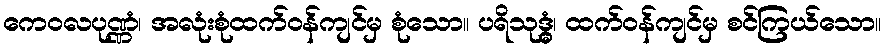
ကေဝလပုဏ္ဏံ၊ အလုံးစုံထက်ဝန်ကျင်မှ စုံသော။ ပရိသုဒ္ဓွံ၊ ထက်ဝန်ကျင်မှ စင်ကြယ်သော။